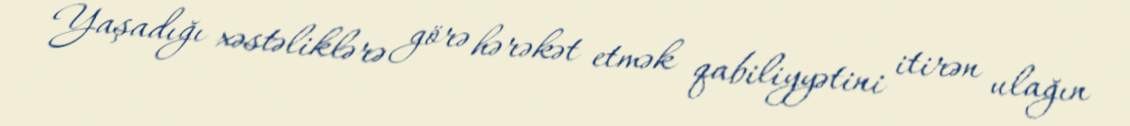
Yaşadığı xəstəliklərə görə hərəkət etmək qabiliyyətini itirən ulağın